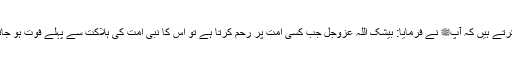
1596: سیدنا ابو موسیٰؓ نبیﷺ سے روایت کرتے ہیں کہ آپﷺ نے فرمایا: بیشک اللہ عزوجل جب کسی امت پر رحم کرتا ہے تو اس کا نبی امت کی ہلاکت سے پہلے فوت ہو جاتا ہے اور وہ اپنی امت کا پیش خیمہ ہوتا ہے۔